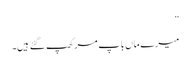
”
میرے ماں باپ مر کھپ گئے ہیں۔